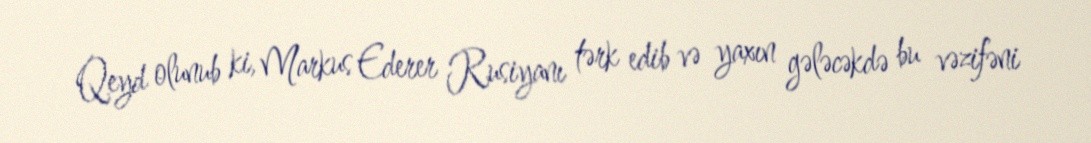
Qeyd olunub ki, Markus Ederer Rusiyanı tərk edib və yaxın gələcəkdə bu vəzifəni